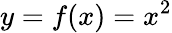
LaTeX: y=f(x)=x^{2}